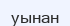
уынан